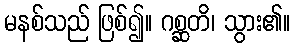
မနစ်သည် ဖြစ်၍။ ဂစ္ဆတိ၊ သွား၏။